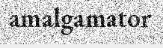
amalgamator